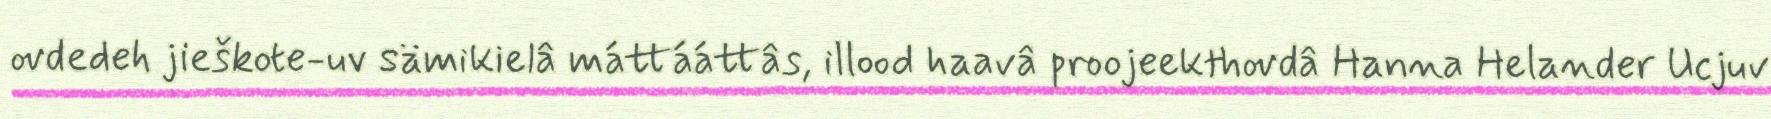
ovdedeh jieškote-uv sämikielâ máttááttâs, illood haavâ proojeekthovdâ Hanna Helander Ucjuv